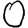
Digit: 0